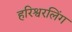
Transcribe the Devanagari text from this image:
हरिश्वरलिंग